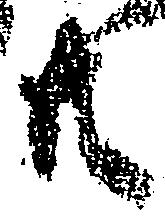
共